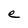
Character: e